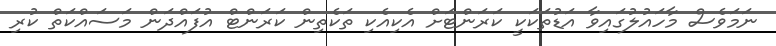
ނަމަވެސް މާހައުލުގައިވާ އަޑުތަކަކީ ކަރަންޓަށް އެކިއެކި ތަކެތިން ކަރަންޓް އުފައްދަން މަސައްކަތް ކުރި